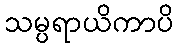
သမ္ပရာယိကာပိ